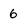
Character: 6